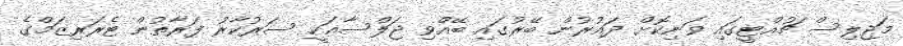
މަޖިލިސް ޗުއްޓީގައި ވަނިކޮށް ދައުރުން ބޭރުގައި ބޭއްވި ޖަލްސާއަކީ ސަރުކާރު ފަރާތުން ޓެރަރިޒަމްގެ